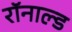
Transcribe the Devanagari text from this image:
रॉनाल्ड